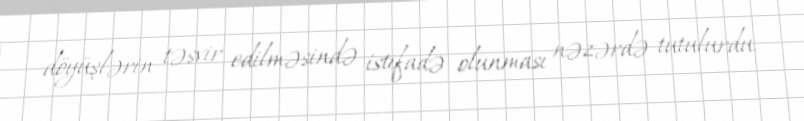
döyüşlərin təsvir edilməsində istifadə olunması nəzərdə tutulurdu.